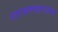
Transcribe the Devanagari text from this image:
नारायणमहाराजांचा